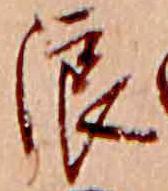
浪